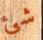
شئ